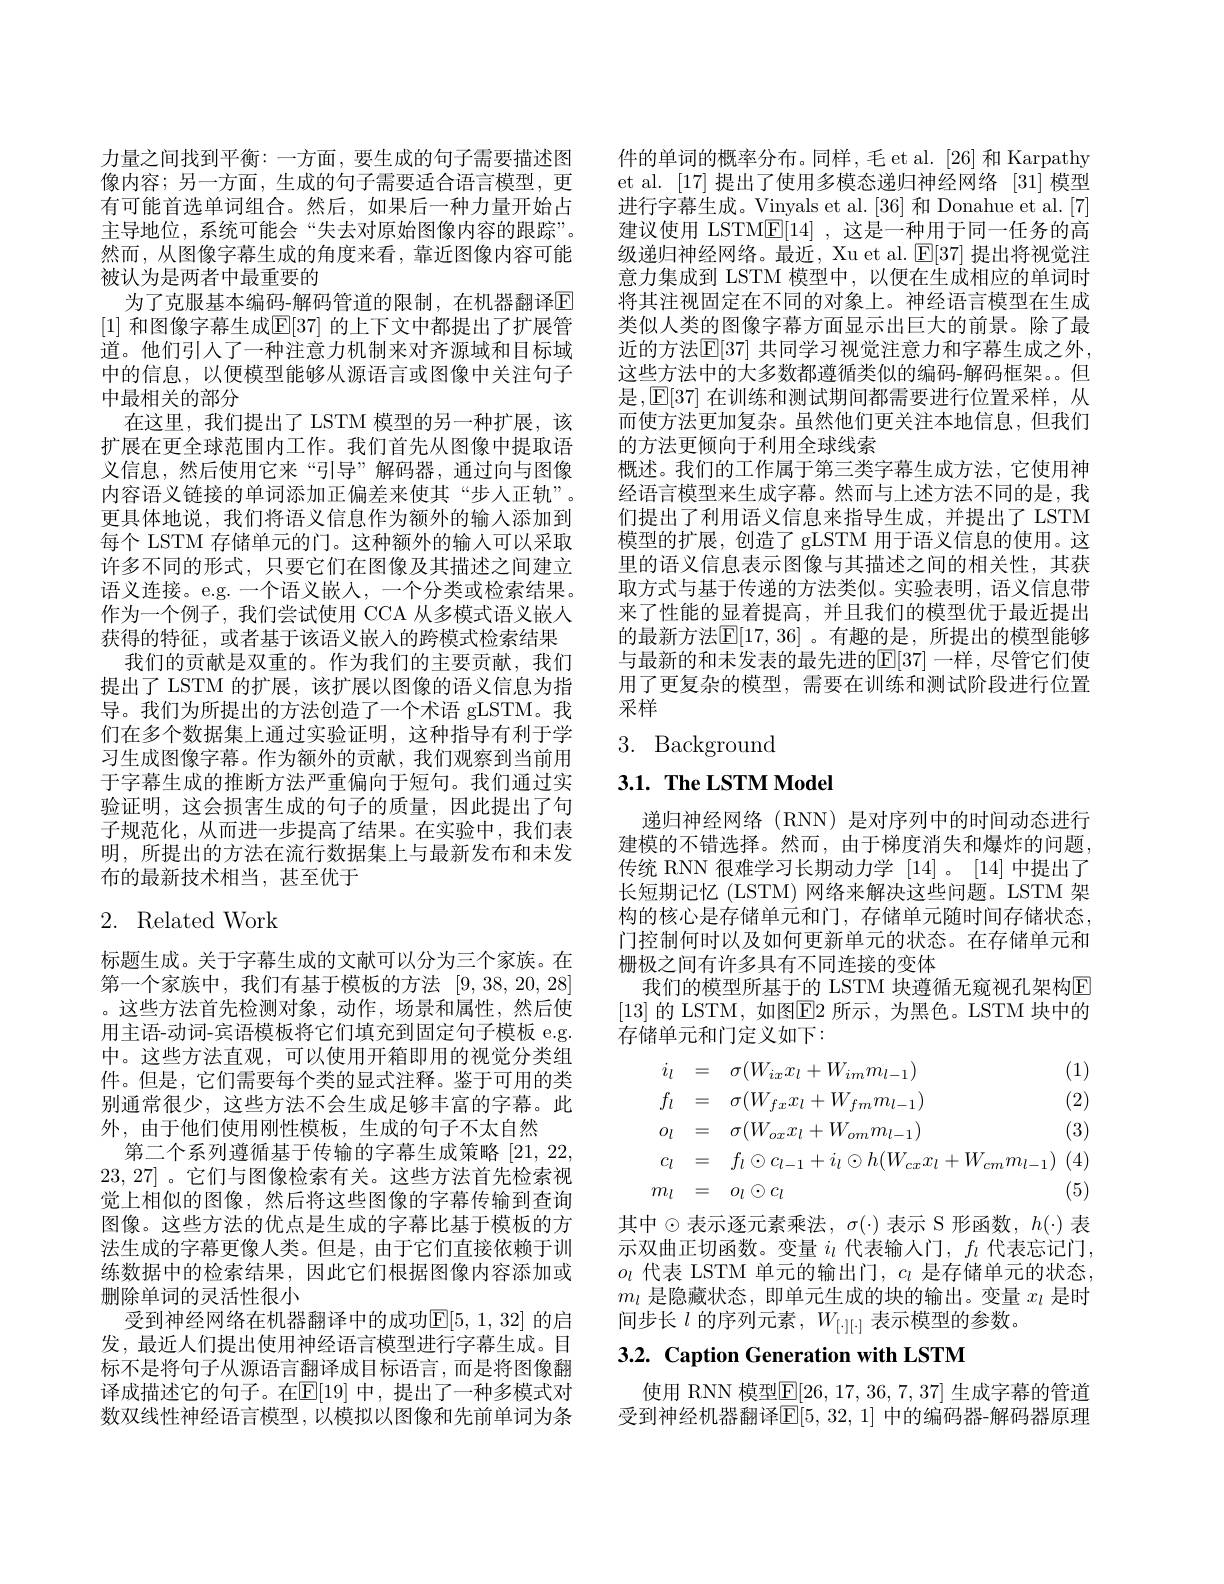
力量之间找到平衡：一方面，要生成的句子需要描述图像内容；另一方面，生成的句子需要适合语言模型，更有可能首选单词组合。然后，如果后一种力量开始占主导地位，系统可能会“失去对原始图像内容的跟踪”。然而，从图像字幕生成的角度来看，靠近图像内容可能被认为是两者中最重要的
为了克服基本编码-解码管道的限制，在机器翻译E [1] 和图像字幕生成$\mathbb{E}[37]$ 的上下文中都提出了扩展管道。他们引入了一种注意力机制来对齐源域和目标域中的信息，以便模型能够从源语言或图像中关注句子中最相关的部分
在这里，我们提出了 LSTM 模型的另一种扩展，该扩展在更全球范围内工作。我们首先从图像中提取语义信息，然后使用它来“引导”解码器，通过向与图像内容语义链接的单词添加正偏差来使其“步人正轨”。更具体地说，我们将语义信息作为额外的输入添加到每个 LSTM 存储单元的门。这种额外的输入可以采取许多不同的形式，只要它们在图像及其描述之间建立语义连接。e.g.一个语义嵌人，一个分类或检索结果。作为一个例子，我们尝试使用 CCA 从多模式语义嵌人获得的特征，或者基于该语义嵌入的跨模式检索结果
我们的贡献是双重的。作为我们的主要贡献，我们提出了 LSTM 的扩展，该扩展以图像的语义信息为指导。我们为所提出的方法创造了一个术语 gLSTM。我们在多个数据集上通过实验证明，这种指导有利于学习生成图像字幕。作为额外的贡献，我们观察到当前用于字幕生成的推断方法严重偏向于短句。我们通过实验证明，这会损害生成的句子的质量，因此提出了句子规范化，从而进一步提高了结果。在实验中，我们表明，所提出的方法在流行数据集上与最新发布和未发布的最新技术相当，甚至优于

# 2. Related Work

标题生成。关于字幕生成的文献可以分为三个家族。在第一个家族中，我们有基于模板的方法 [9,38,20,28] 。这些方法首先检测对象，动作，场景和属性，然后使用主语-动词-宾语模板将它们填充到固定句子模板 e.g. 中。这些方法直观，可以使用开箱即用的视觉分类组件。但是，它们需要每个类的显式注释。鉴于可用的类别通常很少，这些方法不会生成足够丰富的字幕。此外，由于他们使用刚性模板，生成的句子不太自然
第二个系列遵循基于传输的字幕生成策略[21,22, 23,27]。它们与图像检索有关。这些方法首先检索视觉上相似的图像，然后将这些图像的字幕传输到查询图像。这些方法的优点是生成的字幕比基于模板的方法生成的字幕更像人类。但是，由于它们直接依赖于训练数据中的检索结果，因此它们根据图像内容添加或删除单词的灵活性很小
受到神经网络在机器翻译中的成功E[5,1,32] 的启发，最近人们提出使用神经语言模型进行字幕生成。目标不是将句子从源语言翻译成目标语言，而是将图像翻译成描述它的句子。在$\mathbb{E}[19]$ 中，提出了一种多模式对数双线性神经语言模型，以模拟以图像和先前单词为条

件的单词的概率分布。同样，毛 et al. [26] 和 Karpathy et al. [17] 提出了使用多模态递归神经网络 [31] 模型进行字幕生成。Vinyals et al.[36] 和 Donahue et al.[7] 建议使用 LSTM$\underline{\mathrm{E}}[14]$ ,这是一种用于同一任务的高级递归神经网络。最近，Xu et al. $\mathbb{E}[37]$提出将视觉注意力集成到 LSTM 模型中，以便在生成相应的单词时将其注视固定在不同的对象上。神经语言模型在生成类似人类的图像字幕方面显示出巨大的前景。除了最近的方法$\mathbb{E}[37]$ 共同学习视觉注意力和字幕生成之外， 这些方法中的大多数都遵循类似的编码-解码框架。但是，E[37] 在训练和测试期间都需要进行位置采样，从而使方法更加复杂。虽然他们更关注本地信息，但我们的方法更倾向于利用全球线索
概述。我们的工作属于第三类字幕生成方法，它使用神经语言模型来生成字幕。然而与上述方法不同的是，我们提出了利用语义信息来指导生成，并提出了 LSTM 模型的扩展，创造了 gLSTM 用于语义信息的使用。这里的语义信息表示图像与其描述之间的相关性，其获取方式与基于传递的方法类似。实验表明，语义信息带来了性能的显着提高，并且我们的模型优于最近提出的最新方法[E[17,36] 。有趣的是，所提出的模型能够与最新的和未发表的最先进的$\mathbb{E}[37]$ 一样，尽管它们使用了更复杂的模型，需要在训练和测试阶段进行位置采样
3. Background

## $3. 1. \textbf{ The LSTM Model}$

递归神经网络(RNN)是对序列中的时间动态进行建模的不错选择。然而，由于梯度消失和爆炸的问题传统 RNN 很难学习长期动力学 [14]。[14] 中提出了长短期记忆 (LSTM) 网络来解决这些问题。LSTM 架构的核心是存储单元和门，存储单元随时间存储状态， 门控制何时以及如何更新单元的状态。在存储单元和栅极之间有许多具有不同连接的变体
我们的模型所基于的 LSTM 块遵循无窥视孔架构$\overline{\mathrm{E}}$ [13] 的 LSTM, 如图$\boxed{\mathrm{F}}2$ 所示，为黑色。LSTM 块中的存储单元和门定义如下：
$$\begin{aligned}&i_{l}&&=\quad\sigma(W_{ix}x_{l}+W_{im}m_{l-1})\text{(}\\&f_{l}&&=\quad\sigma(W_{fx}x_{l}+W_{fm}m_{l-1})\text{(}\\&o_{l}&&=\quad\sigma(W_{ox}x_{l}+W_{om}m_{l-1})\text{(}\\&c_{l}&&=\quad f_{l}\odot c_{l-1}+i_{l}\odot h(W_{cx}x_{l}+W_{cm}m_{l-1})\text{(}\\&m_{l}&&=\quad o_{l}\odot c_{l}\text{(}\end{aligned}$$
其中$\odot$表示逐元素乘法$,\sigma(\cdot)$ 表示 S 形函数$,h(\cdot)$ 表示双曲正切函数。变量$i_l$代表输入门，$f_l$代表忘记门， $o_l$代表 LSTM 单元的输出门，$c_l$是存储单元的状态$m_l$是隐藏状态，即单元生成的块的输出。变量$x_l$是时间步长$l$的序列元素$,W_[\cdot][\cdot]$表示模型的参数。

# 3.2. Caption Generation with LSTM

使用 RNN 模型$\mathbb{E}[26,17,36,7,37]$ 生成字幕的管道受到神经机器翻译$\mathbb{E}[5,32,1]$ 中的编码器-解码器原理